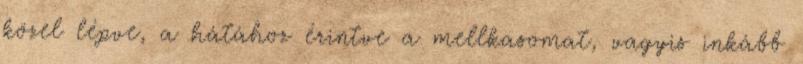
közel lépve, a hátához érintve a mellkasomat, vagyis inkább